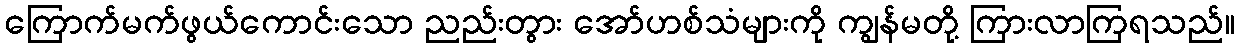
ကြောက်မက်ဖွယ်ကောင်းသော ညည်းတွား အော်ဟစ်သံများကို ကျွန်မတို့ ကြားလာကြရသည်။